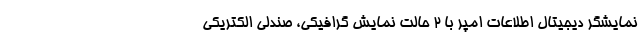
نمایشگر دیجیتال اطلاعات امپر با 2 حالت نمایش گرافیکی، صندلی الکتریکی